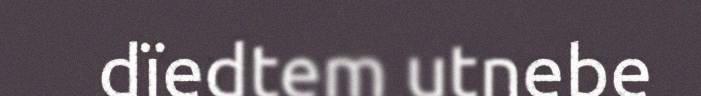
dïedtem utnebe